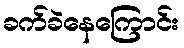
ခက်ခဲနေကြောင်း